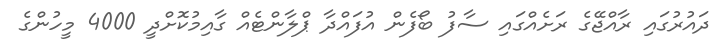
ދައުރުގައި ރާއްޖޭގެ ރަށެއްގައި ސާފު ބޯފެން އުފައްދާ ޕްލާންޓެއް ގާއިމުކޮށްދީ 4000 މީހުންގެ